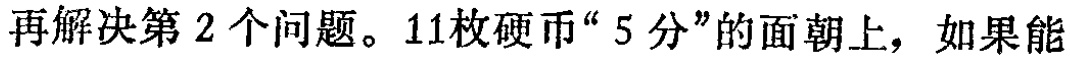
再解决第2个问题。11枚硬币“5分”的面朝上，如果能